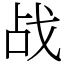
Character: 战